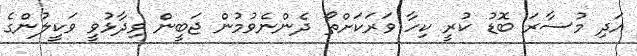
އަދި މުސާރަ ބޮޑު ކުރީ ކިހާ ވަރަކަށްތޯ ދެންނެވުމުން ޖަބީން ވިދާޅުވީ ވަކީލުންގެ